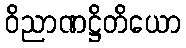
ဝိညာဏဋ္ဌိတိယော